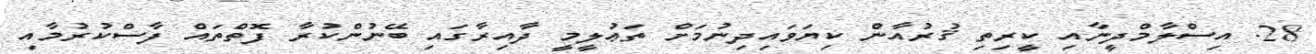
28. އިސްލާމްދީނާއި ކީރިތި ޤުރުއާން ކިޔަވައިދިނުމަށް ތަޢުލީމީ ދާއިރާގައި ބޭނުންކުރާ ފޮތްތައް ފާސްކުރުމާއި